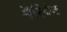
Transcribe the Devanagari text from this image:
मैरियेट